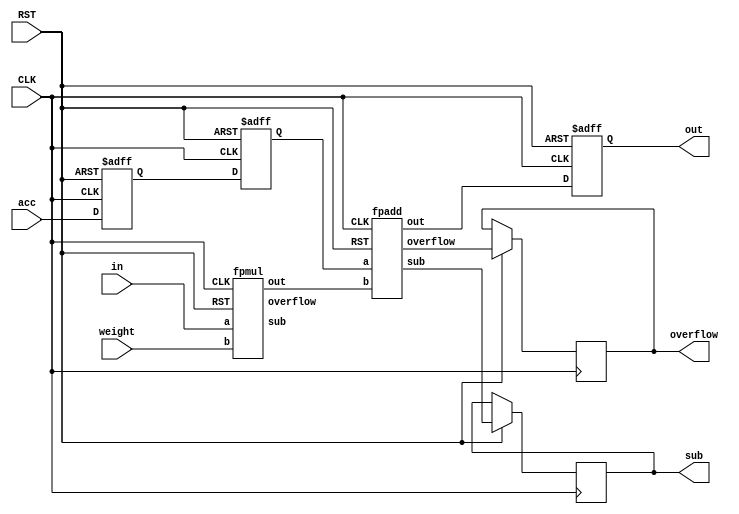
`timescale 1ns / 1ps

module fpmac(in, weight, acc, out, overflow, sub, CLK, RST);
	    input [15:0] in;
		 input [15:0] weight;
		 input [15:0] acc;
		 input CLK,RST;
		 output reg [15:0] out;
		 output reg overflow, sub;
		 
		 wire [15:0] addout;
		 wire [15:0] mulres; 
		 wire muloverflow, addoverflow;
		 wire mulsub, addsub;
		 reg [15:0] accreg[8:0];
		 
		 
		 fpmul a0 (
		.a(in), 
		.b(weight), 
		.out(mulres), 
		.overflow(muloverflow),
		.sub(mulsub),
		.CLK(CLK), 
		.RST(RST));
		
		fpadd a1 (
		.a(accreg[1]), 
		.b(mulres), 
		.out(addout), 
		.overflow(addoverflow),
		.sub(addsub),
		.CLK(CLK), 
		.RST(RST));
		
		
		
		always@(posedge CLK, negedge RST) begin
		if(!RST) begin
			accreg[0] <= 0;
			accreg[1] <= 0;
			out <= 0;
		end else begin
			accreg[0] <= acc;
			accreg[1] <= accreg[0];
			out <= addout;
			overflow <= addoverflow;
			sub <= addsub;
		end
	end

endmodule





module fpmul(a,b,out,overflow,sub,CLK,RST
    );
	 input [15:0] a;
	 input [15:0] b;
	 input CLK, RST;
	 
	 output reg [15:0] out;
	 output reg overflow, sub;
	 
	 wire sign;
	 wire [5:0] exp;
	 wire signed  [6:0] exad;
	 wire [9:0] fra;
	 wire azero, bzero;
	 wire [23:0] win;
	 wire [23:0] subwin;
	 wire [5:0] fo;
	 wire [23:0] s;
	 wire signed [6:0] carry;
	 wire signed [6:0] exx;
	 
	 reg signed [6:0] ex;
	 wire signdelay;
	 
	 
	 assign sign = a[15] ^ b[15];
	 assign azero = (a[14:10] == 5'b00000) ? 0 : 1;
	 assign bzero = (b[14:10] == 5'b00000) ? 0 : 1;
	 assign exad = ((a[14:10] == 5'b11111) || (b[14:10] == 5'b11111))? (5'b11111) :((a[14:10] == 0) || (b[14:10] == 0)) ?
						(a[14:10] + b[14:10] -5'b01110) : (a[14:10] + b[14:10] -5'b01111);
	 booth_multiplier a1 (.a(a[9:0]),.b(b[9:0]), .azero(azero), .bzero(bzero), .CLK(CLK) , .RST(RST), .s(s));
	 
	 assign fo =    s[23] ? 23 : s[22] ? 22 : s[21] ? 21 :
						 s[20] ? 20 : s[19] ? 19 : s[18] ? 18 :
						 s[17] ? 17 : s[16] ? 16 : s[15] ? 15 :
						 s[14] ? 14 : s[13] ? 13 : s[12] ? 12 :
						 s[11] ? 11 : s[10] ? 10 : s[9] ? 9 :
						 s[8] ? 8 : s[7] ? 7 : s[6] ? 6 :
					    s[5] ? 5 : s[4] ? 4 : s[3] ? 3 :
				   	 s[2] ? 2 : s[1] ? 1 : 0;
	 assign carry = fo-20;
	 assign exx = ex + carry;
	 assign exp = (0 >= exx) ? 5'b00000 : 
					  (exx >= 5'b11111) ? 5'b11111 : exx;
	 assign win = (carry>0) ? s >> carry : s << -(carry);
	 assign subwin = win >> -(exx); 
	 
	 assign fra = (exp == 5'b11111) ? 10'b1111111111:
					  (exp == 5'b00000) ? (subwin[20:11] + ((subwin[10]&&subwin[9])||(subwin[10]&&(subwin[8:0]!=0)))) : 
												 (win[19:10] + ((win[9]&&win[8])||(win[9]&&(win[7:0]!=0))));
	 
	 delay_buffer d1 (sign, signdelay, CLK, RST);
	 
	 
	 
	 always @(posedge CLK or negedge RST) begin
		if (!RST) begin
		out <= 0;
		overflow <=0;
		sub <= 0;
		ex <= 0;
		
	end else begin
		out <= {signdelay,exp[4:0],fra[9:0]};
		overflow <= (exp == 5'b11111) ? 1 : 0;
		sub <= (exp == 5'b00000) ? 1 :0;	
		ex <= exad;
	end
	end

endmodule


module delay_buffer (a, b, CLK, RST);
input a, CLK, RST;
wire a1, a2, a3, a4, a5, a6;

output reg b;

assign a1 = !a;
assign a2 = !a1;
assign a3 = !a2;
assign a4 = !a3;
assign a5 = !a4;
assign a6 = !a5;

always@(posedge CLK, negedge RST) begin
		if(!RST) begin
			b <= 0;
		end else begin
			b <= a6;
		end
	end
	

endmodule

module booth_multiplier(a,b, azero, bzero, CLK,RST,s 
    );
	 input [9:0] a;
	 input [9:0] b;
	 input azero, bzero;
	 input CLK, RST;
	 output reg [23:0] s;
	 
	 wire [23:0] aa;
	 wire [23:0] as;
	 
	 wire [24:0] partials[6:0];
	 
	 EE a1 (a, b, azero, bzero, aa, as, partials[0]);
	 
	 genvar i;
	 generate 	 
		for(i=0; i<6; i=i+1) begin: genblk1
			MM u1 (aa, as, partials[i], partials[i+1]);
		end
	endgenerate
	 
		 always@(posedge CLK, negedge RST) begin
		 if(!RST) begin
				s <= 0;
		 end else begin
				s <= (partials[6][24:1]);
		 end
		 end
	endmodule

module MM (aa, as, ap, out);
		 input [23:0] aa;
		 input [23:0] as;
		 input [24:0] ap;
		 
		 wire [24:0] ppp;
		 wire [2:0] CC = ap[2:0];
		 wire [24:0] pp;
		 
		 output [24:0] out;
		 
		 
		 assign ppp = (CC == 3'b001) ? {1'b0,aa[23:0]} :
					  (CC == 3'b010) ? {1'b0,aa[23:0]} :
					  (CC == 3'b011) ? {1'b0,aa[22:0],1'b0} :
					  (CC == 3'b100) ? {1'b1,as[22:0],1'b0} :
					  (CC == 3'b101) ? {1'b1,as[23:0]} :
					  (CC == 3'b110) ? {1'b1,as[23:0]} : 0;

		
		 assign pp = {ap[24],ap[24:1]} + ppp;

		 
		assign out[24:0] = {pp[24],pp[24:1]};		
		 
endmodule

module EE (a, b, azero, bzero, aa, as, ap);
		 input [9:0] a;
    	 input [9:0] b;
		 input azero, bzero;
		 
		 wire [23:0] aaa; 
		 wire [23:0] aas;
		 wire [24:0] aap;
		 
		 assign aaa[23] = 1'b0;
		 assign aaa[22] = azero;
		 assign aaa[21:12] = a[9:0];
		 assign aaa[11: 0] = 12'b0;
		 
		 assign aas[23:12] = (~{1'b0,azero,a[9:0]}+1);
		 assign aas[11: 0] = 12'b0;
		 
    	 assign aap[24:12] = 12'b0;
		 assign aap[11] = bzero;
		 assign aap[10: 1] = b[9:0];
		 assign aap[0] = 0;
		 
		 output  [23:0] aa;
		 output  [23:0] as;
		 output  [24:0] ap;

		 
		 assign aa = aaa;
		 assign as = aas;
		 assign ap = aap;
		 
		 
endmodule



module fpadd(a,b,out,overflow,sub,CLK,RST);
	 input [15:0] a;
	 input [15:0] b;
	 input CLK, RST;
	 
	 wire [13:0] shiftedA;
	 wire [13:0] shiftedB;
	 wire [13:0] shiftedAA;
	 wire [13:0] shiftedBB;
	 wire [13:0] signedA;
	 wire [13:0] signedB;
	 wire [13:0] Sum;
	 wire [9:0] fra1;
	 wire [9:0] fra2;
	 wire [4:0] exp;
	 wire [4:0] shift;
	 wire sign;
	 wire subt;
	 wire [3:0] sumshift; 
	 
	 reg [13:0] aareg;
	 reg [13:0] bbreg;
	 reg [4:0] exa, exb;
	 reg subt2;
	 reg sign2;
	 
	 output reg [15:0] out;
	 output reg overflow, sub;
	 
	 assign sign = ((a[15] == 1) && (b[15] ==1)) ? 1 :
						((a[15] == 0) && (b[15] ==0))	? 0 :
						(a[14:10] > b[14:10]) ? a[15] :
						(b[14:10] > a[14:10]) ? b[15] :
						(a[9:0] > b[9:0]) ? a[15] :
						(b[9:0] > a[9:0]) ? b[15] : 0;
	 assign subt = a[15] ^ b[15];
	 assign shift[4:0] = (a[14:10] > b[14:10]) ? (a[14:10] - (b[14:10]==5'b00000 ? 5'b00001 :b[14:10])) : 
								(b[14:10] - (a[14:10]==5'b00000 ? 5'b00001 :a[14:10]));
	 assign shiftedA[13:12] = (a[14:10] == 5'b0) ? 2'b00 : 2'b01;
	 assign shiftedB[13:12] = (b[14:10] == 5'b0) ? 2'b00 : 2'b01;
	 assign shiftedA[11:2] = a[9:0];
	 assign shiftedB[11:2] = b[9:0];
	 assign shiftedA[1:0] = 2'b00;
	 assign shiftedB[1:0] = 2'b00;
	 assign shiftedAA[13:0] = (a[14:10] < b[14:10]) ? (shiftedA >> shift) : shiftedA;
	 assign shiftedBB[13:0] = (a[14:10] > b[14:10]) ? (shiftedB >> shift) : shiftedB;
	 
	 assign Sum = subt2 ? ((aareg > bbreg) ? (aareg - bbreg) : (bbreg-aareg)) : (aareg+bbreg); 
	 
	 assign sumshift = Sum[13] ? 13 : 
							 Sum[12] ? 12 :
							 Sum[11] ? 11 :
							 Sum[10] ?  10 :
							 Sum[9] ? 9 :
							 Sum[8] ? 8 :
							 Sum[7] ? 7 :
							 Sum[6] ? 6 :
							 Sum[5] ? 5 :
							 Sum[4] ? 4 :
							 Sum[3] ? 3 :
							 Sum[2] ? 2 :
							 Sum[1] ? 1 : 0;
	 
	 assign fra1[9:0] = sumshift == 13 ? (Sum[12:3] + (Sum[2]&&Sum[1])) : 
							 sumshift == 12 ? (Sum[11:2] + (Sum[1]&&Sum[0])) :
							 sumshift == 11 ? (Sum[10:1] + Sum[0]) :
							 sumshift == 10 ?  Sum[9:0] :
							 sumshift == 9 ? {Sum[8:0],1'b0} :
							 sumshift == 8 ? {Sum[7:0],2'b00} :
							 sumshift == 7 ? {Sum[6:0],3'b000} :
							 sumshift == 6 ? {Sum[5:0],4'b0000} :
							 sumshift == 5 ? {Sum[4:0],5'b00000} :
							 sumshift == 4 ? {Sum[3:0],6'b000000} :
							 sumshift == 3 ? {Sum[2:0],7'b0000000} :
							 sumshift == 2 ? {Sum[1:0],8'b00000000} :
							 sumshift == 1 ? {Sum[0],  9'b000000000} : 10'b0000000000;
							 
	 assign exp = (exa >= exb) ? (((exa + sumshift -12) > 5'b00000)? (exa + sumshift -12) : 5'b00000): 
						(((exb + sumshift -12) > 5'b00000)? (exb + sumshift -12) : 5'b00000);
						
						
	 assign fra2[9:0] = (exa >= exb) ? (((exa + sumshift -12) < 5'b00000)? 
	                    (fra1 >> (12-sumshift -exa)): fra1) : (((exb + sumshift -12) < 5'b00000)? 
	                    (fra1 >> (12-sumshift -exb)): fra1);
	 
	 
	 always @(posedge CLK or negedge RST) begin
		if (!RST) begin
		out <= 0;
		sub <= 0;
		overflow <=0;
	end else begin
		out <= ((exa == 5'b11111) || (exb == 5'b11111)) ? 16'b1111110000000000 :(exp == 5'b11111) ? 16'b1111110000000000 : {sign2,exp[4:0],fra2[9:0]};
		overflow <= ((exa == 5'b11111) || (exb == 5'b11111)) ? 1 :(exp == 5'b11111) ? 1 : 0;
		sub <= ((exa == 5'b11111) || (exb == 5'b11111)) ? 0 :(exp == 5'b11111) ? 0 :(exp == 5'b00000) ? 1 :0;	 
		subt2 <= subt;
		sign2 <= sign;
		exa <= a[14:10];		
		exb <= b[14:10];
		aareg <= shiftedAA;
		bbreg <= shiftedBB;
	end
	end


endmodule